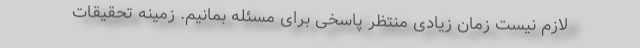
لازم نیست زمان زیادی منتظر پاسخی برای مسئله بمانیم. زمینه تحقیقات